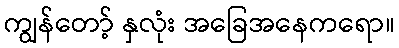
ကျွန်တော့် နှလုံး အခြေအနေကရော။